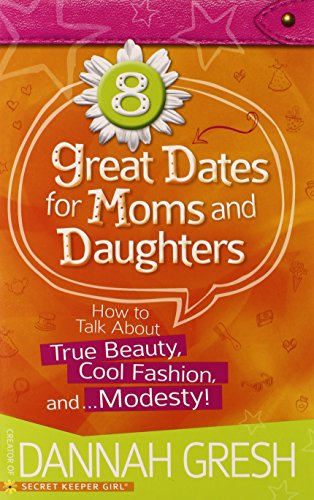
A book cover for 8 Great Dates for Moms and Daughters: How to Talk About True Beauty, Cool Fashion, and...Modesty!; Dannah Gresh; Parenting & Relationships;